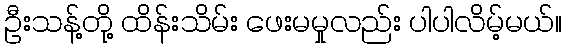
ဦးသန့်တို့ ထိန်းသိမ်း ဖေးမမှုလည်း ပါပါလိမ့်မယ်။